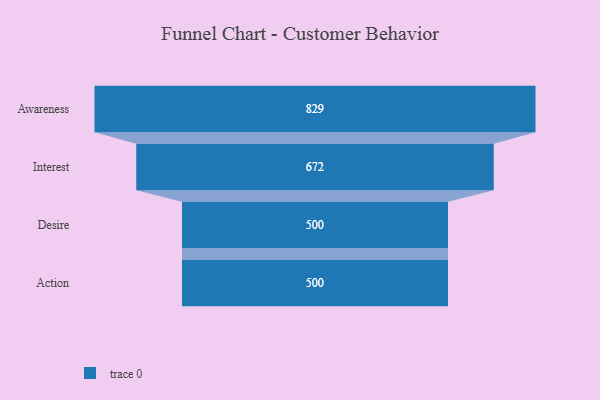
{"axis": {"x": "Stage", "y": "Value"}, "legend": [""], "data": [{"x": "Awareness", "y": 829.0, "type": ""}, {"x": "Interest", "y": 672.0, "type": ""}, {"x": "Desire", "y": 500, "type": ""}, {"x": "Action", "y": 500, "type": ""}]}